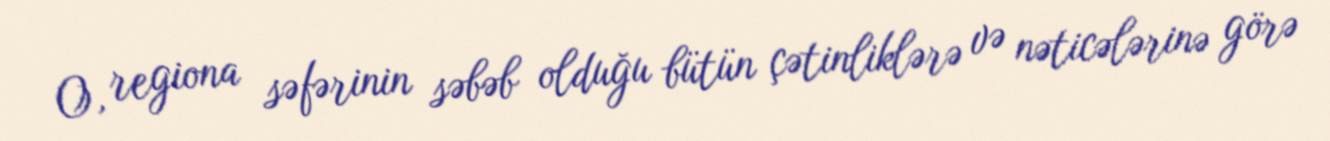
O, regiona səfərinin səbəb olduğu bütün çətinliklərə və nəticələrinə görə